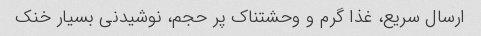
ارسال سریع، غذا گرم و وحشتناک پر حجم، نوشیدنی بسیار خنک